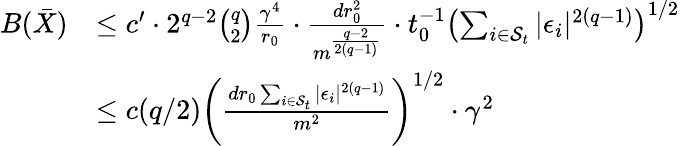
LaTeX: \begin{array}{rl}{B(\bar{X})}&{\leq c^{\prime}\cdot 2^{q-2}\binom{q}{2}\frac{\gamma^{4}}{r_{0}}\cdot\frac{dr_{0}^{2}}{m^{\frac{q-2}{2(q-1)}}}\cdot t_{0}^{-1}\left(\sum_{i\in\mathcal{S}_{t}}|\epsilon_{i}|^{2(q-1)}\right)^{1/2}}\\ &{\leq c(q/2)\left(\frac{dr_{0}\sum_{i\in\mathcal{S}_{t}}|\epsilon_{i}|^{2(q-1)}}{m^{2}}\right)^{1/2}\cdot\gamma^{2}}\end{array}